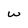
Character: W